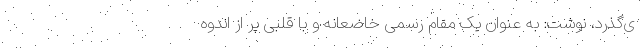
ی‌گذرد، نوشت: به عنوان یک مقام رسمی خاضعانه و با قلبی پر از اندوه